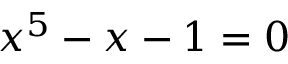
x ^ { 5 } - x - 1 = 0